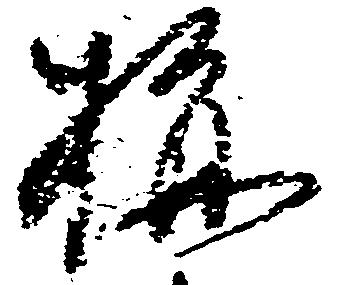
梅